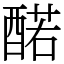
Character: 䤀